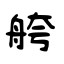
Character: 舿